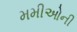
મમીઓની